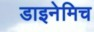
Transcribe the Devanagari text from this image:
डाइनेमिच